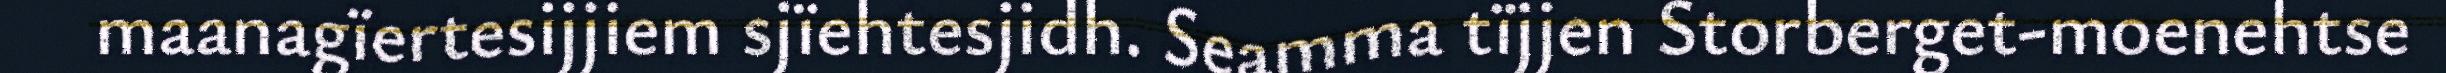
maanagïertesijjiem sjïehtesjidh. Seamma tïjjen Storberget-moenehtse